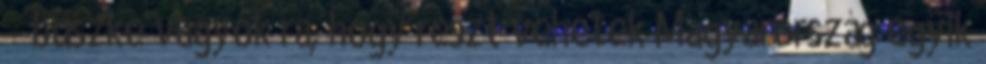
– büszke vagyok rá, hogy részt vehetek Magyarország egyik